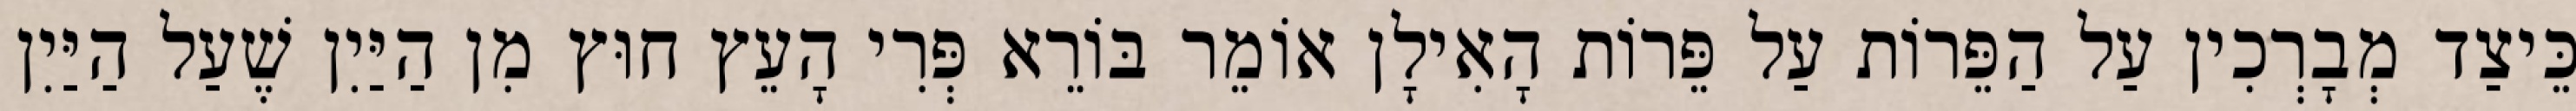
כֵּיצַד מְבָרְכִין עַל הַפֵּרוֹת עַל פֵּרוֹת הָאִילָן אוֹמֵר בּוֹרֵא פְּרִי הָעֵץ חוּץ מִן הַיַּיִן שֶׁעַל הַיַּיִן